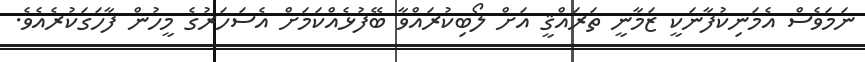
ނަމަވެސް އެމަނިކުފާނަކީ ޒަމާނީ ތަރައްޤީ އަށް ލޯބިކުރައްވާ ބޭފުޅެއްކަމަށް އެސަހަރުގެ މީހުން ފާހަގަކުރެއެވެ.